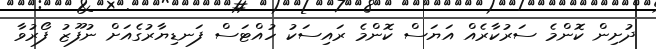
ދުށިން ކޮންމެ ސަރުކާރެއް އަޔަސް ކޮންމެ ރައިސަކު ހުއްޓަސް ފަނޑިޔާރުގެއަށް ނުފޫޒު ފޯރުވާ